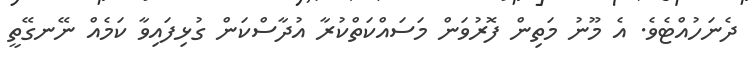
ދެނަހުއްޓެވެ. އެ މޫނު މަތިން ފޮރުވަން މަސައްކަތްކުރާ އުދާސްކަން ގުޅިފައިވާ ކަމެއް ނޭނގޭތީ